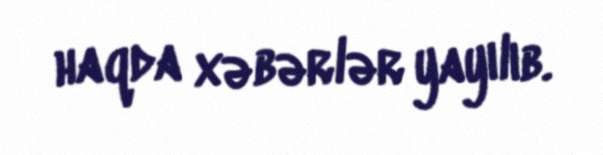
haqda xəbərlər yayılıb.